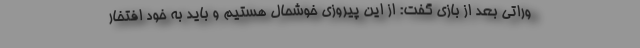
وراتی بعد از بازی گفت: از این پیروزی خوشحال هستیم و باید به خود افتخار